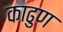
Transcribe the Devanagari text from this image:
काढुण